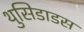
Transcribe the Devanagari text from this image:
थुसिडाडस